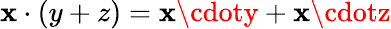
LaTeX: \mathbf{x}\cdot(y+z)=\mathbf{x}\cdoty+\mathbf{x}\cdotz